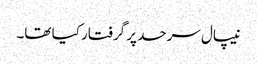
نیپال سرحد پر گرفتار کیا تھا۔